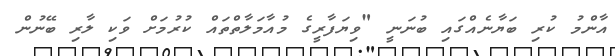
އާންމު ކުރި ބަޔާނެއްގައި ބުނަނީ "ވިޔަފާރީގެ މުއާމަލާތްތައް ކުރުމަށް ވަކި ލާރި ބޭނުން